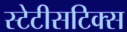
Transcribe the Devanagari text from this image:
स्टेटीसटिक्स